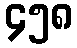
၄၅၈